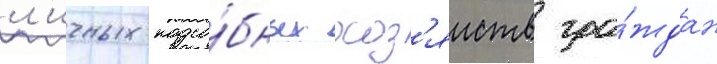
л'ичных подсо́бных хоз'яиств гра́ждан